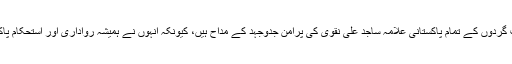
وسیم ساجد ی کا کہنا تھا کہ سوائے تکفیری دہشت گردوں کے تمام پاکستانی علامہ ساجد علی نقوی کی پرامن جدوجہد کے مداح ہیں، کیونکہ انہوں نے ہمیشہ رواداری اور استحکام پاکستان کے حوالے سے ایجنڈے کو آگے بڑھایاہے ۔